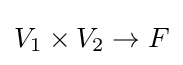
V_{1}\times V_{2}\to F